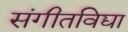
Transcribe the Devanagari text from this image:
संगीतविद्या